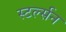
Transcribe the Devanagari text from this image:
स्टर्ल्सन